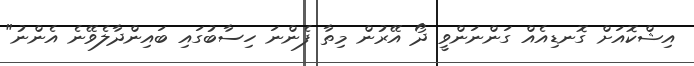
އިޝްކޮއަށް ގޮނޑިއެއް ގަންނަންވީ ދޯ އޭރުން މިތާ ފެންނަ ހިސާބުގައި ބައިންދާލެވޭނެ އެންނު"